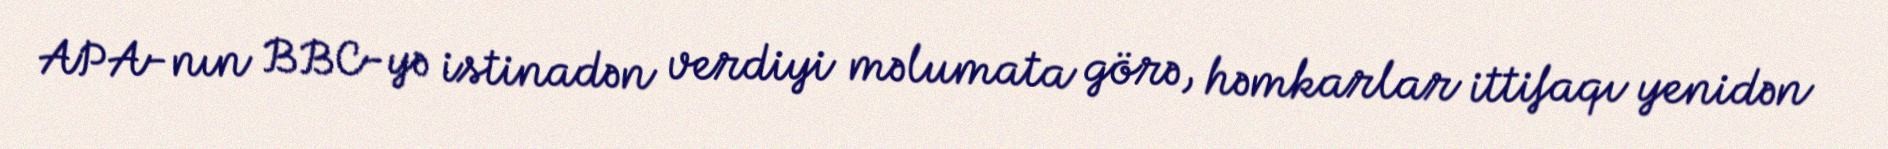
APA-nın BBC-yə istinadən verdiyi məlumata görə, həmkarlar ittifaqı yenidən